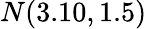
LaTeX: N(3.10,1.5)